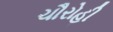
ચૌરોહી